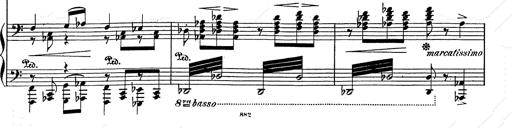
Title: Festvorspiel
Composer: Franz Liszt